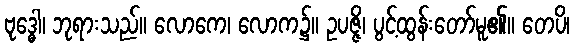
ဗုဒ္ဓေါ၊ ဘုရားသည်။ လောကေ၊ လောက၌။ ဥပဇ္ဇိ၊ ပွင့်ထွန်းတော်မူ၏။ တေပိ၊